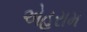
એહરામ